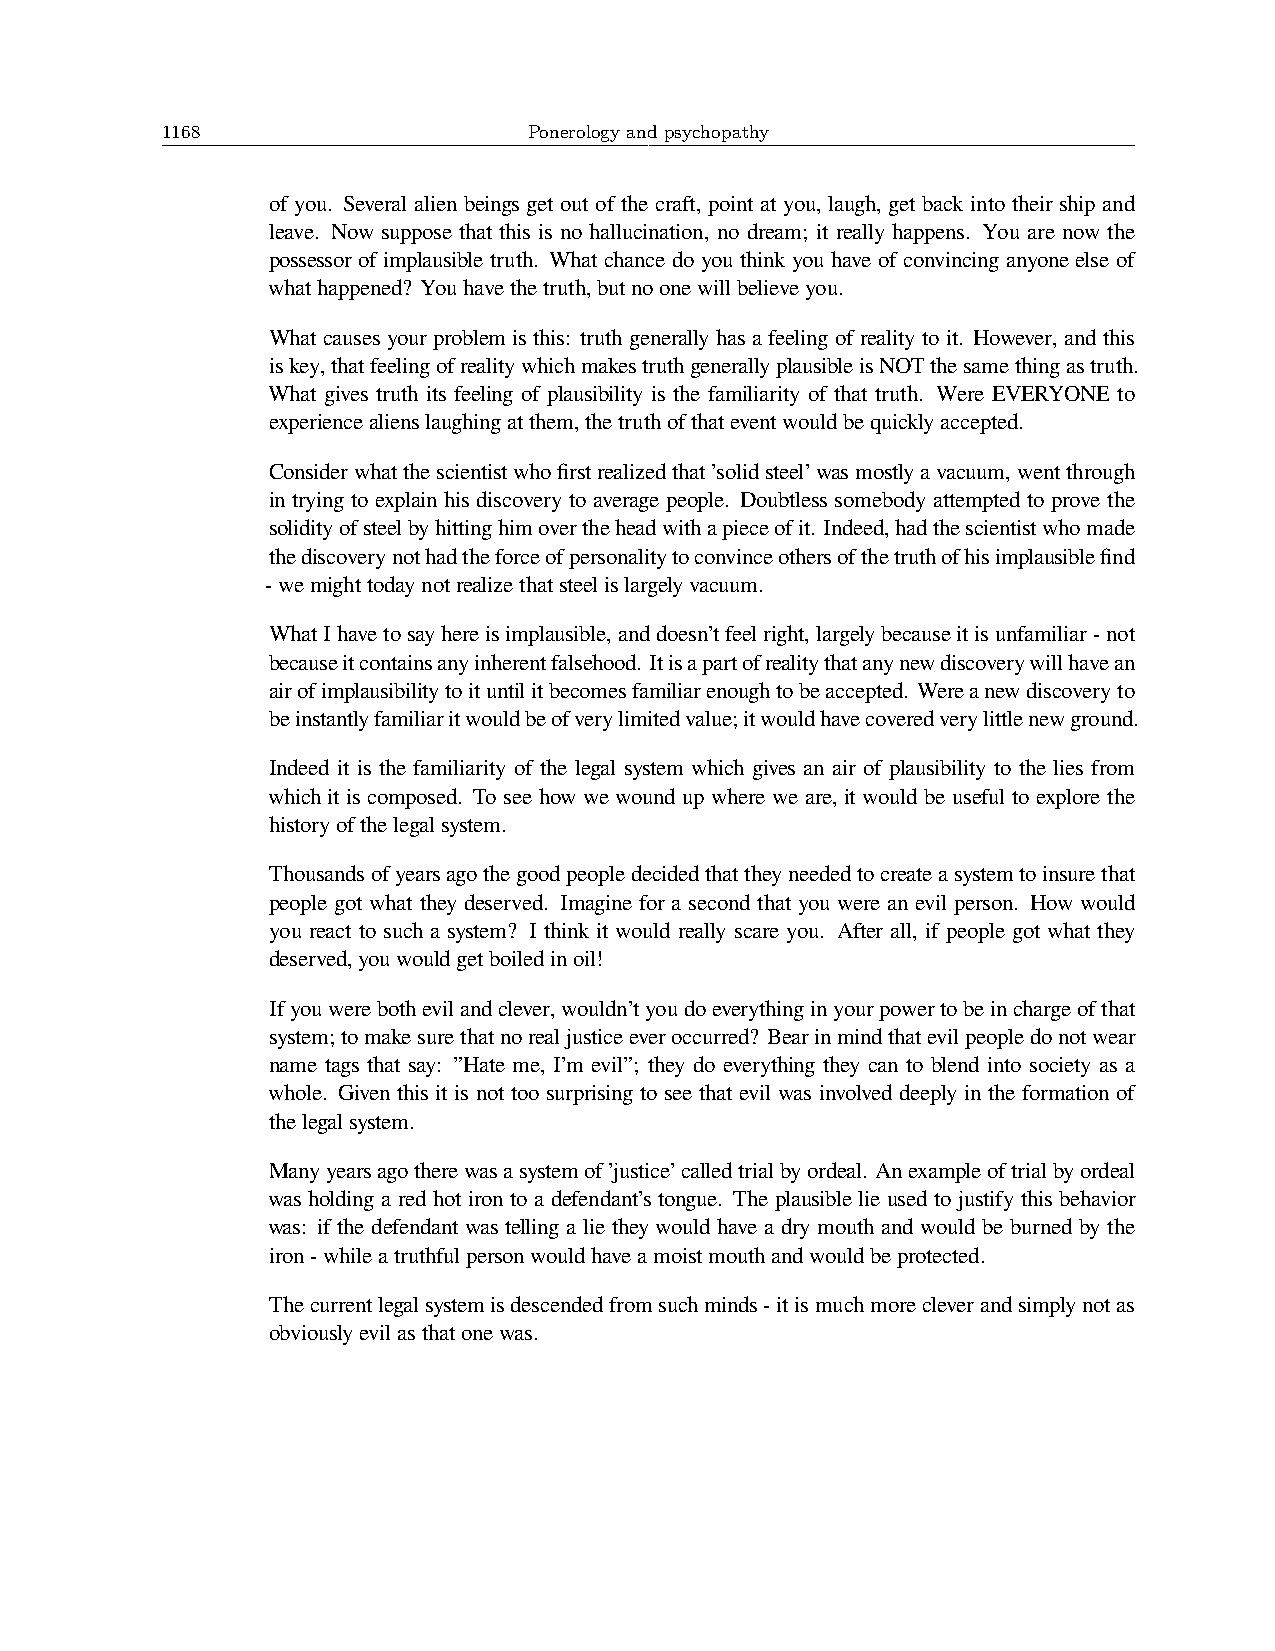
1168                    Ponerology and psychopathy
 of you. Several alien beings get out of the craft, point at you, laugh, get back into their ship and
 leave. Now suppose that this is no hallucination, no dream; it really happens. You are now the
 possessor of implausible truth. What chance do you think you have of convincing anyone else of
 whathappened? Youhavethetruth,butnoonewillbelieveyou.
 What causes your problem is this: truth generally has a feeling of reality to it. However, and this
 iskey,thatfeelingofrealitywhichmakestruthgenerallyplausibleisNOTthesamethingastruth.
 What gives truth its feeling of plausibility is the familiarity of that truth. Were EVERYONE to
 experiencealienslaughingatthem,thetruthofthateventwouldbequicklyaccepted.
 Considerwhatthescientistwhofirstrealizedthat’solidsteel’wasmostlyavacuum,wentthrough
 in trying to explain his discovery to average people. Doubtless somebody attempted to prove the
 solidityofsteelbyhittinghimovertheheadwithapieceofit. Indeed,hadthescientistwhomade
 thediscoverynothadtheforceofpersonalitytoconvinceothersofthetruthofhisimplausiblefind
 -wemighttodaynotrealizethatsteelislargelyvacuum.
 WhatIhavetosayhereisimplausible,anddoesn’tfeelright,largelybecauseitisunfamiliar-not
 becauseitcontainsanyinherentfalsehood. Itisapartofrealitythatanynewdiscoverywillhavean
 airofimplausibilitytoituntilitbecomesfamiliarenoughtobeaccepted. Wereanewdiscoveryto
 beinstantlyfamiliaritwouldbeofverylimitedvalue;itwouldhavecoveredverylittlenewground.
 Indeed it is the familiarity of the legal system which gives an air of plausibility to the lies from
 which it is composed. To see how we wound up where we are, it would be useful to explore the
 historyofthelegalsystem.
 Thousandsofyearsagothegoodpeopledecidedthattheyneededtocreateasystemtoinsurethat
 people got what they deserved. Imagine for a second that you were an evil person. How would
 you react to such a system? I think it would really scare you. After all, if people got what they
 deserved,youwouldgetboiledinoil!
 Ifyouwerebothevilandclever,wouldn’tyoudoeverythinginyourpowertobeinchargeofthat
 system;tomakesurethatnorealjusticeeveroccurred? Bearinmindthatevilpeopledonotwear
 name tags that say: ”Hate me, I’m evil”; they do everything they can to blend into society as a
 whole. Given this it is not too surprising to see that evil was involved deeply in the formation of
 thelegalsystem.
 Manyyearsagotherewasasystemof’justice’calledtrialbyordeal. Anexampleoftrialbyordeal
 was holding a red hot iron to a defendant’s tongue. The plausible lie used to justify this behavior
 was: if the defendant was telling a lie they would have a dry mouth and would be burned by the
 iron-whileatruthfulpersonwouldhaveamoistmouthandwouldbeprotected.
 Thecurrentlegalsystemisdescendedfromsuchminds-itismuchmorecleverandsimplynotas
 obviouslyevilasthatonewas.